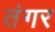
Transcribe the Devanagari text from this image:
तंगर